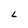
Character: L